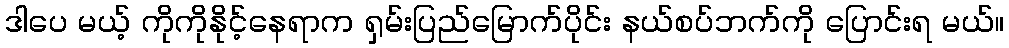
ဒါပေ မယ့် ကိုကိုနိုင့်နေရာက ရှမ်းပြည်မြောက်ပိုင်း နယ်စပ်ဘက်ကို ပြောင်းရ မယ်။